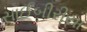
સાઈબીરીયા